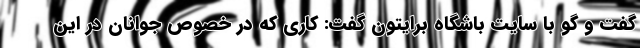
گفت و گو با سایت باشگاه برایتون گفت: کاری که در خصوص جوانان در این